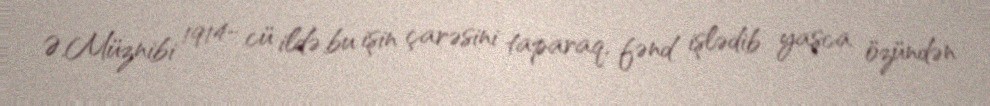
Ə.Müznibi 1914- cü ildə bu işin çarəsini taparaq, fənd işlədib yaşca özündən